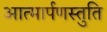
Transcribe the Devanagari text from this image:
आत्मार्पणस्तुति